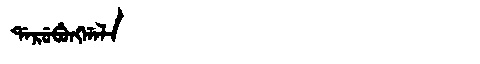
Manchu: ᡩᠠᡵᡠᠪᡠᠩᡤᠠᠯᠠ
Romanization: DARUBUNGGALA